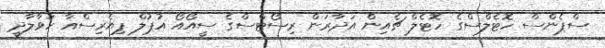
ސްޕެންސް ހޮޓެލްސްގެ ހޮޓެލް ޗެއިން އަދާރަން ރިސޯޓްސްގެ ސީއޯއޯ އުޕުލް ޕިއެރިސްއާ ހަވާލާދީ